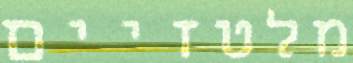
מלטזיים